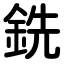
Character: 銑